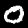
Label: 0